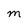
Character: m